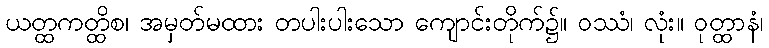
ယတ္ထကတ္ထိစ၊ အမှတ်မထား တပါးပါးသော ကျောင်းတိုက်၌။ ဝဿံ၊ လုံး။ ဝုတ္ထာနံ၊